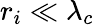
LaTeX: r_{i}\ll\lambda_{c}